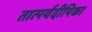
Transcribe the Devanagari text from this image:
तात्पर्यदीपिका